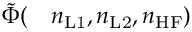
\begin{array} { r l } { \tilde { \Phi } ( } & { { } n _ { \mathrm { L 1 } } , n _ { \mathrm { L 2 } } , n _ { \mathrm { H F } } ) } \end{array}